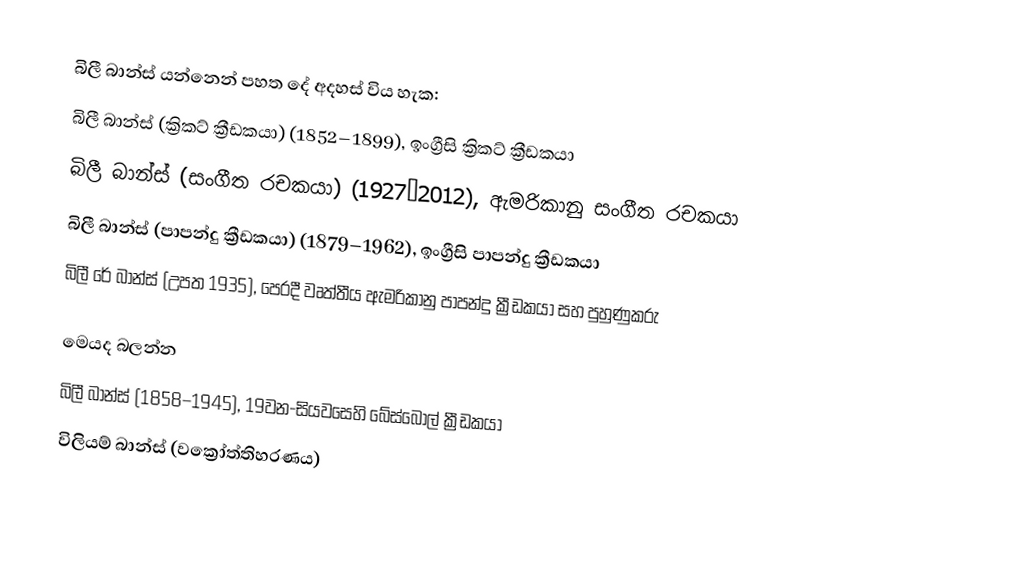
බිලී බාන්ස් යන්නෙන් පහත දේ අදහස් විය හැක:
 බිලී බාන්ස් (ක්‍රිකට් ක්‍රීඩකයා) (1852–1899), ඉංග්‍රීසි ක්‍රිකට් ක්‍රීඩකයා
 බිලී බාන්ස් (සංගීත රචකයා) (1927–2012), ඇමරිකානු සංගීත රචකයා
 බිලී බාන්ස් (පාපන්දු ක්‍රීඩකයා) (1879–1962), ඉංග්‍රීසි පාපන්දු ක්‍රීඩකයා
 බිලී රේ බාන්ස් (උපත 1935), පෙරදී වෘත්තීය ඇමරිකානු පාපන්දු ක්‍රීඩකයා සහ පුහුණුකරු

මෙයද බලන්න
 බිලී බාන්ස් (1858–1945), 19වන-සියවසෙහි බේස්බෝල් ක්‍රීඩකයා
 විලියම් බාන්ස් (වක්‍රෝත්තිහරණය)